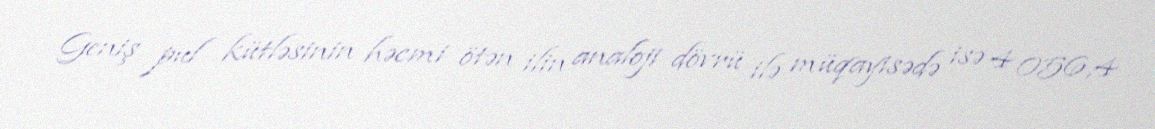
Geniş pul kütləsinin həcmi ötən ilin analoji dövrü ilə müqayisədə isə 4 056,4